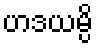
ဟဒယမ္ပိ